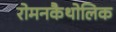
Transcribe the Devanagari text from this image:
रोमनकैथोलिक